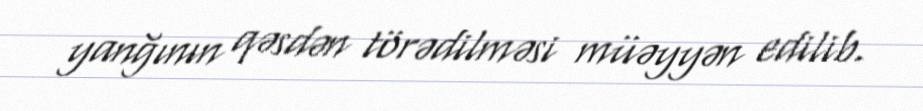
yanğının qəsdən törədilməsi müəyyən edilib.